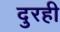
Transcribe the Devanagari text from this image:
दुरही